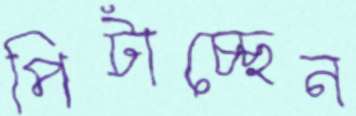
পিটাচ্ছেন